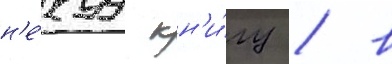
н'е́куу кн'и́гу / в